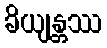
ခိယျန္တဿ